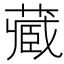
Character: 𫟖